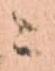
ニ